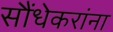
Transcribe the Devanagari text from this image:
सौंधेकरांना